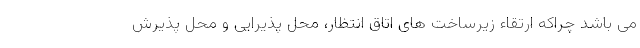
می باشد چراکه ارتقاء زیرساخت های اتاق انتظار، محل پذیرایی و محل پذیرش